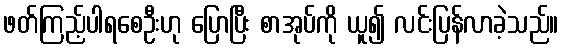
ဖတ်ကြည့်ပါရစေဦးဟု ပြောပြီး စာအုပ်ကို ယူ၍ လင်းပြန်လာခဲ့သည်။